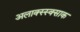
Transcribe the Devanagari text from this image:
अलाक्स्स्क्साक